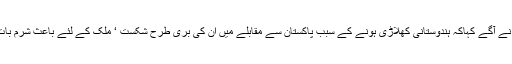
انہوں نے آگے کہاکہ ہندوستانی کھلاڑی ہونے کے سبب پاکستان سے مقابلے میں ان کی بری طرح شکست ‘ ملک کے لئے باعث شرم بات ہے۔